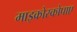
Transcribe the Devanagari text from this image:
माइक्रोस्कोपाए